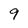
Character: 9